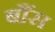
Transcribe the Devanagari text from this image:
बौंस